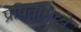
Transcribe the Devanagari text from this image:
प्रेषितांमध्ये